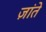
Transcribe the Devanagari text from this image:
ज़ांते